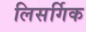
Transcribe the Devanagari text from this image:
लिसर्गिक